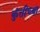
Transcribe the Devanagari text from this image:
कुंतीच्या